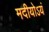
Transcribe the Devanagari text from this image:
मदीयोऽयं